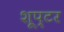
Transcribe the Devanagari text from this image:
शूप्टर